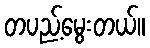
တပည့်မွေးတယ်။